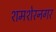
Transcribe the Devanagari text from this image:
शमशेरनगर